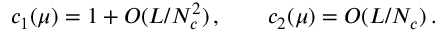
c _ { 1 } ( \mu ) = 1 + O ( L / N _ { c } ^ { 2 } ) \, , \qquad c _ { 2 } ( \mu ) = O ( L / N _ { c } ) \, .